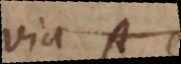
via A